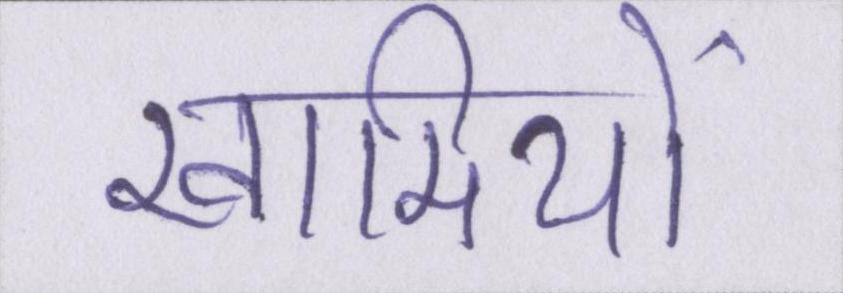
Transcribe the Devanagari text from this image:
खामियों